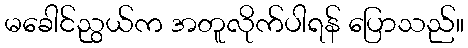
မခေါင်ညွယ်က အတူလိုက်ပါရန် ပြောသည်။